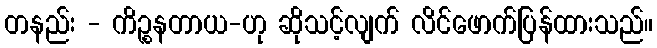
တနည်း - ကိဉ္စနတာယ-ဟု ဆိုသင့်လျက် လိင်ဖောက်ပြန်ထားသည်။